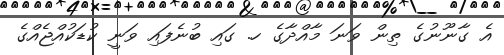
އެ ގާނޫނުގެ ތިން ވަނަ މާއްދާގެ ހ. ގައި ބުނެފައި ވަނީ ކުޑަކުއްޖެއްގެ